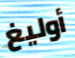
أوليغ